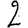
Digit: 2